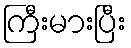
ကြီးမားပြီး